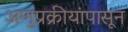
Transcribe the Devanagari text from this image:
अणुप्रक्रीयांपासून